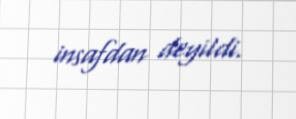
insafdan deyildi.